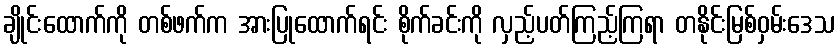
ချိုင်းထောက်ကို တစ်ဖက်က အားပြုထောက်ရင်း စိုက်ခင်းကို လှည့်ပတ်ကြည့်ကြရာ တနိုင်းမြစ်ဝှမ်းဒေသ